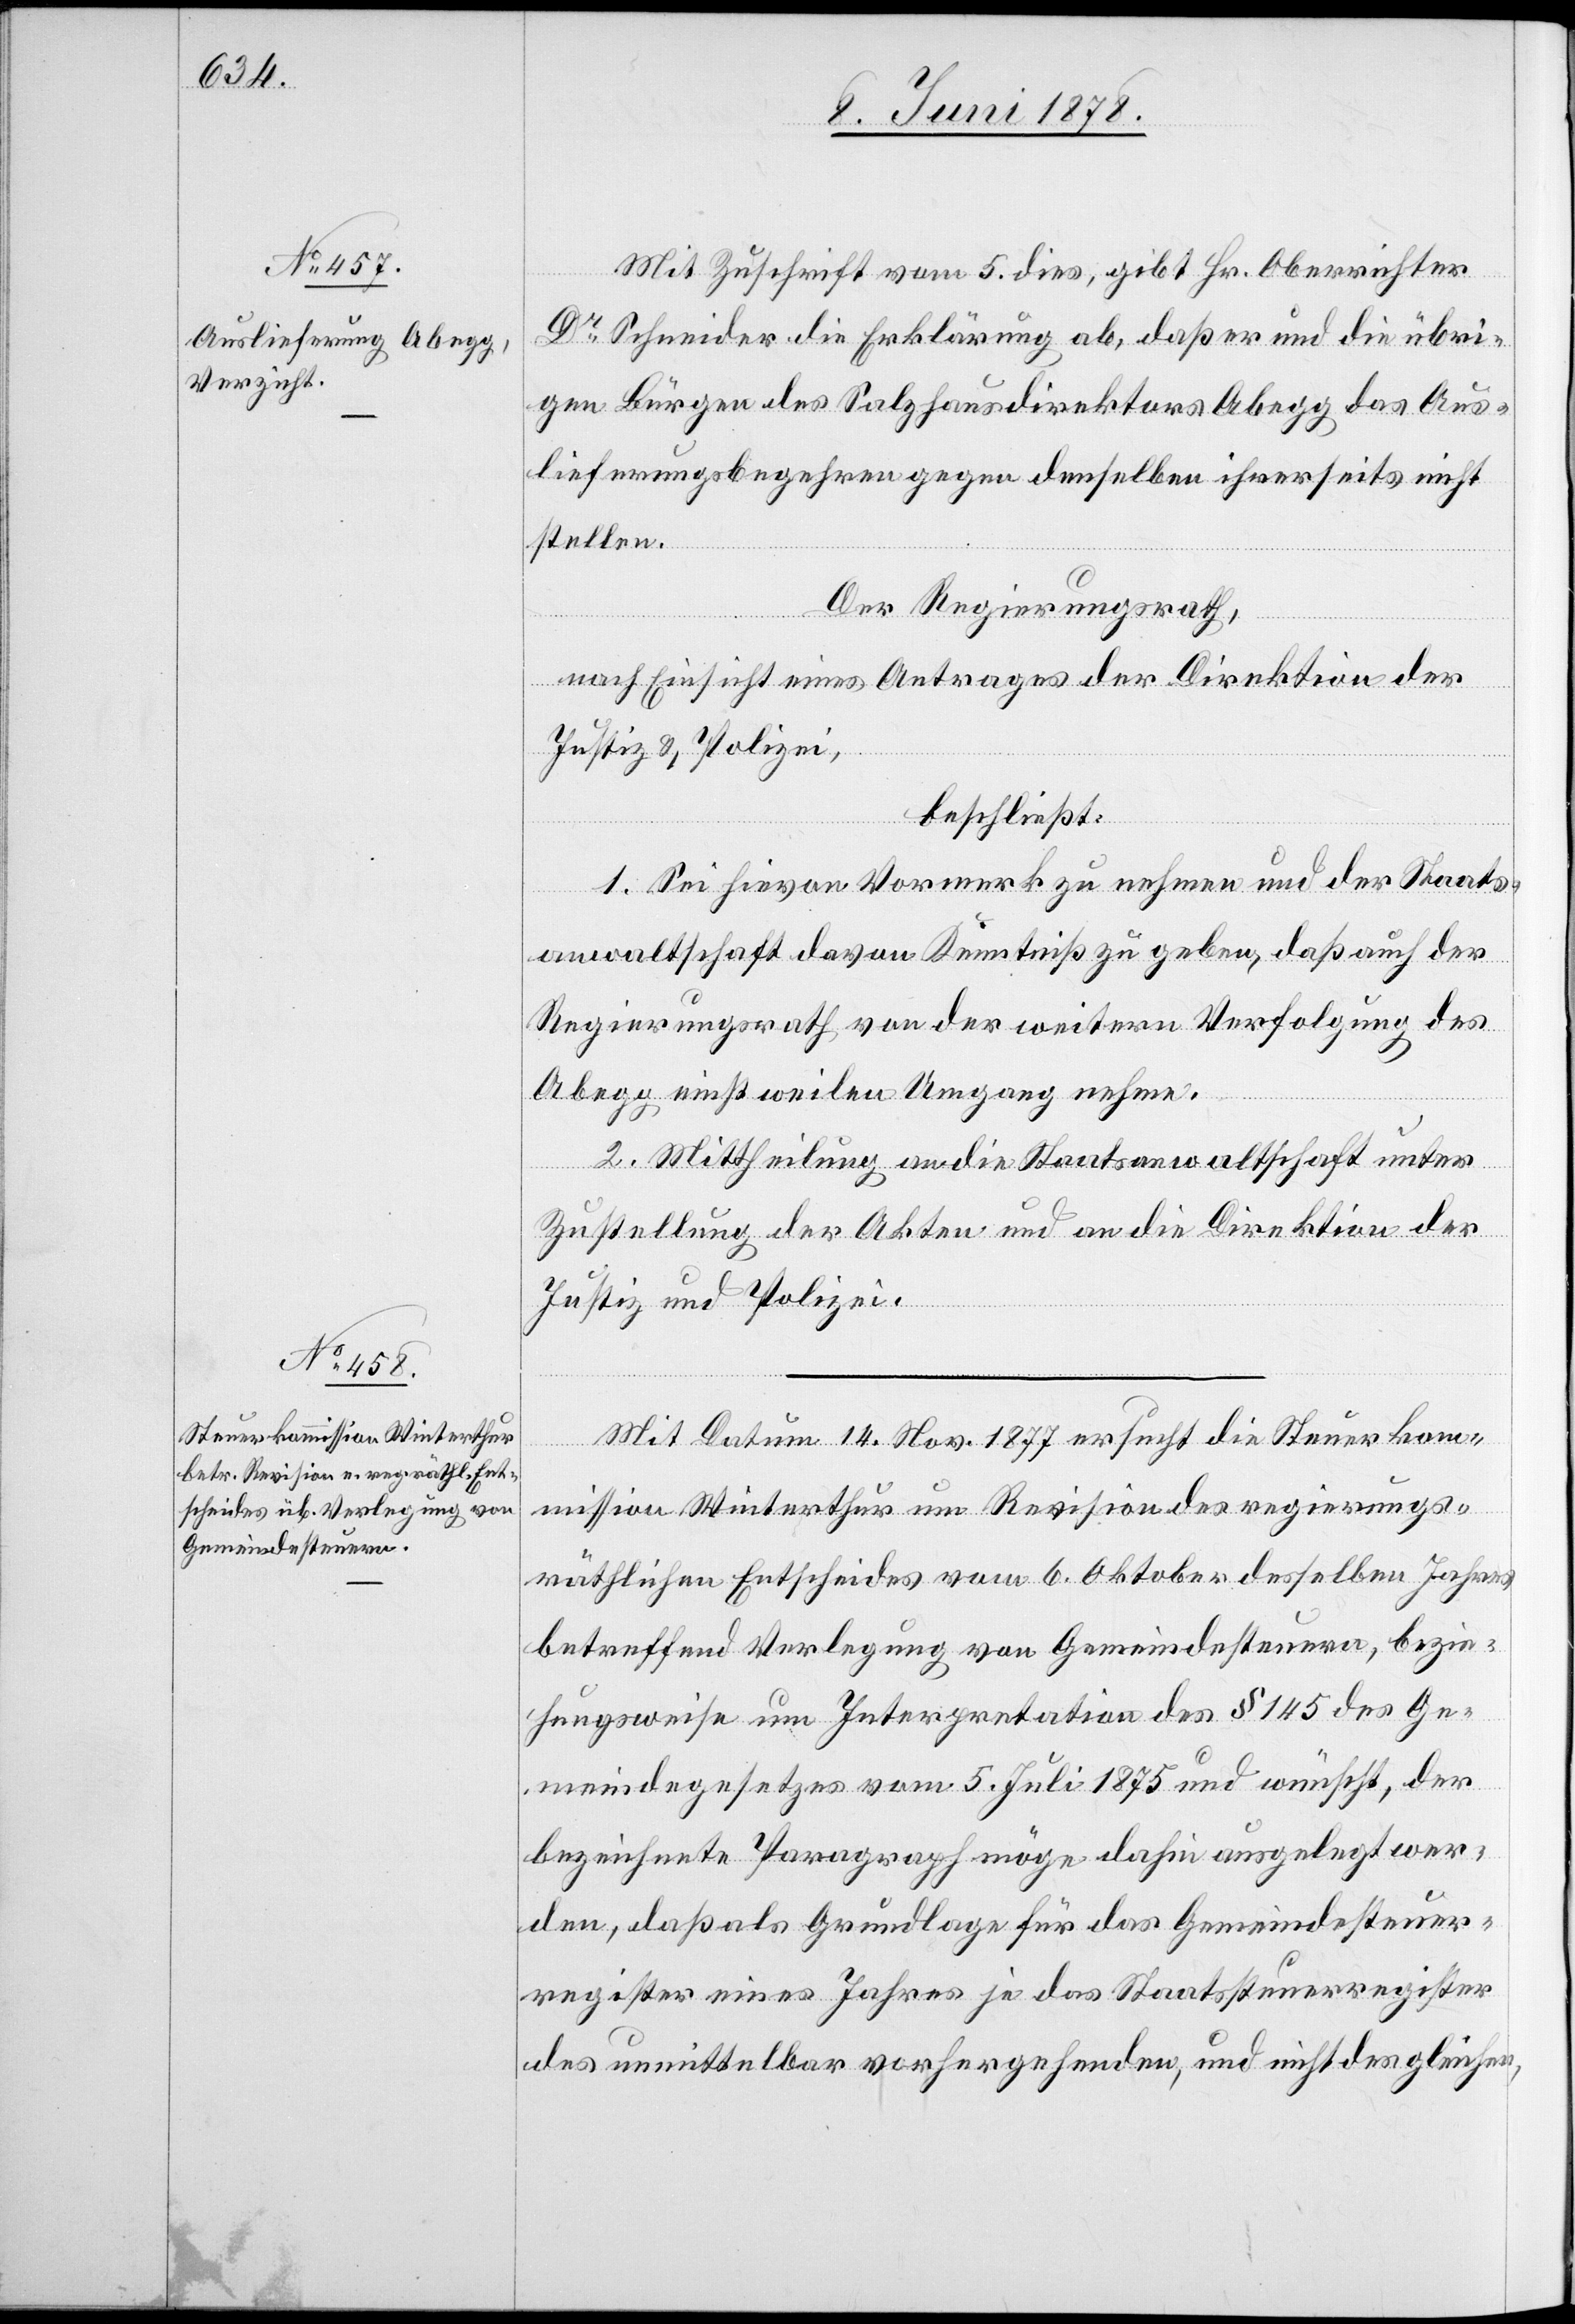
Mit Zuschrift vom 5. dies, gibt Hr. Oberrichter
Dr Schneider die Erklärung ab, daß er und die übri¬
gen Bürgen des Salzhausdirektors Abegg das Aus¬
lieferungsbegehren gegen denselben ihrerseits nicht
stellen.
Der Regierungsrath,
nach Einsicht eines Antrages der Direktion der
Justiz & Polizei,
beschließt:
1. Sei hievon Vormerk zu nehmen und der Staats¬
anwaltschaft davon Kenntniß zu geben, daß auch der
Regierungsrath von der weitern Verfolgung des
Abegg einstweilen Umgang nehme.
2. Mittheilung an die Staatsanwaltschaft unter
Zustellung der Akten und an die Direktion der
Justiz und Polizei.
Mit Datum 14. Nov. 1877 ersucht die Steuerkom¬
mission Winterthur um Revision des regierungs¬
räthlichen Entscheides vom 6. Oktober desselben Jahres
betreffend Verlegung von Gemeindesteuern, bezie¬
hungsweise um Interpretation des § 145 des Ge¬
meindegesetzes vom 5. Juli 1875 und wünscht, der
bezeichnete Paragraph möge dahin ausgelegt wer¬
den, daß als Grundlage für das Gemeindesteuer¬
register eines Jahres je das Staatssteuerregister
des unmittelbar vorhergehenden, und nicht des gleichen,